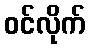
ဝင်လိုက်